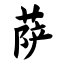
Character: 萨